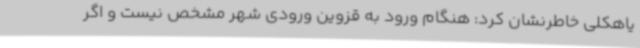
یاهکلی خاطرنشان کرد: هنگام ورود به قزوین ورودی شهر مشخص نیست و اگر